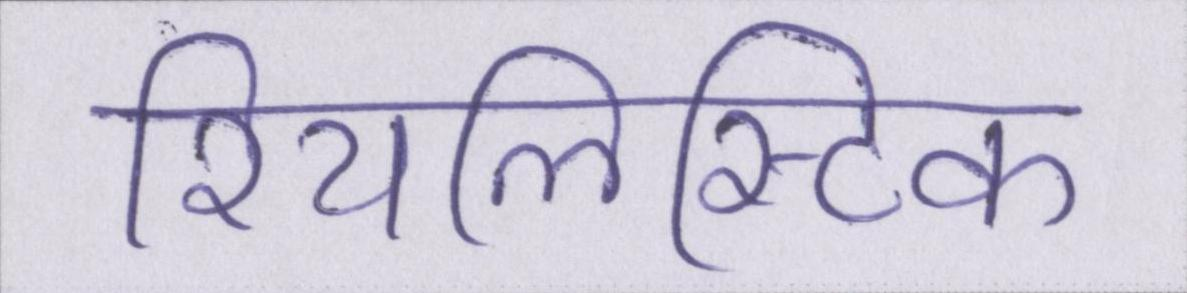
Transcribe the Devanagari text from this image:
रियलिस्टिक